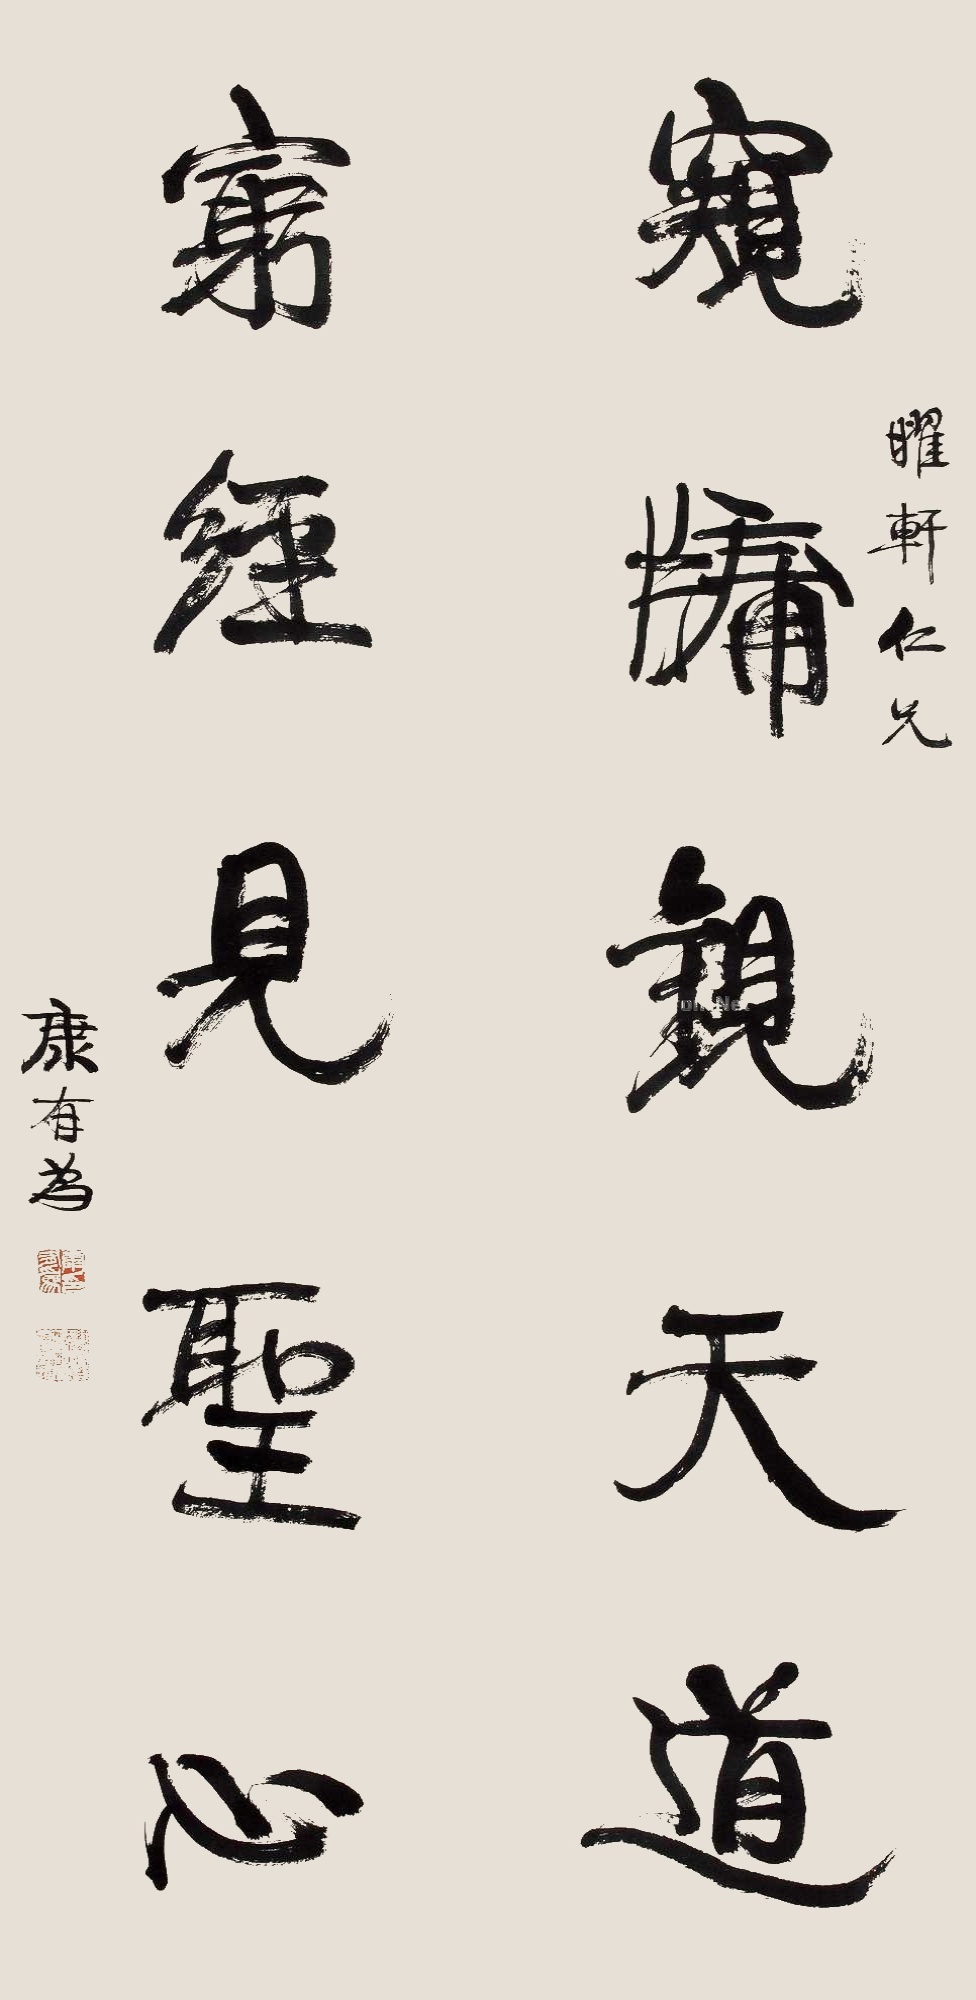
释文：窥牗观天道，穷经见圣心。曜轩仁兄，康有为。